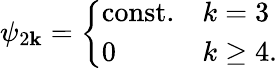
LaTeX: \psi_{2\mathbf{k}}=\left\{ \begin{array}{ll}{{\mathrm{const.}}}&{{k=3}}\\ {{0}}&{{k\geq 4.}}\end{array}\right.